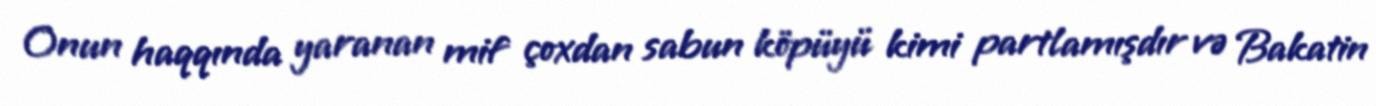
Onun haqqında yaranan mif çoxdan sabun köpüyü kimi partlamışdır və Bakatin